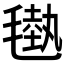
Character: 𣯭